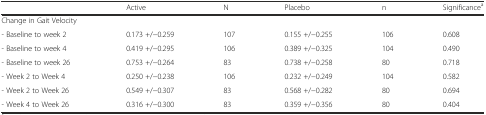
<table><thead><tr><td></td><td><b>Active</b></td><td><b>N</b></td><td><b>Placebo</b></td><td><b>n</b></td><td><b>Significance<sup>a</sup></b></td></tr></thead><tbody><tr><td>Change in Gait Velocity</td><td></td><td></td><td></td><td></td><td></td></tr><tr><td>- Baseline to week 2</td><td>0.173 +/−0.259</td><td>107</td><td>0.155 +/−0.255</td><td>106</td><td>0.608</td></tr><tr><td>- Baseline to week 4</td><td>0.419 +/−0.295</td><td>106</td><td>0.389 +/−0.325</td><td>104</td><td>0.490</td></tr><tr><td>- Baseline to week 26</td><td>0.753 +/−0.264</td><td>83</td><td>0.738 +/−0.258</td><td>80</td><td>0.718</td></tr><tr><td>- Week 2 to Week 4</td><td>0.250 +/−0.238</td><td>106</td><td>0.232 +/−0.249</td><td>104</td><td>0.582</td></tr><tr><td>- Week 2 to Week 26</td><td>0.549 +/−0.307</td><td>83</td><td>0.568 +/−0.282</td><td>80</td><td>0.694</td></tr><tr><td>- Week 4 to Week 26</td><td>0.316 +/−0.300</td><td>83</td><td>0.359 +/−0.356</td><td>80</td><td>0.404</td></tr></tbody></table>